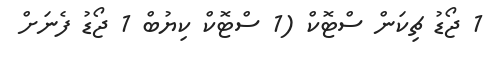
1 ޖޯޑު ޗިކަން ސްޓޮކް (1 ސްޓޮކް ކިޔުބް 1 ޖޯޑު ފެނަށް